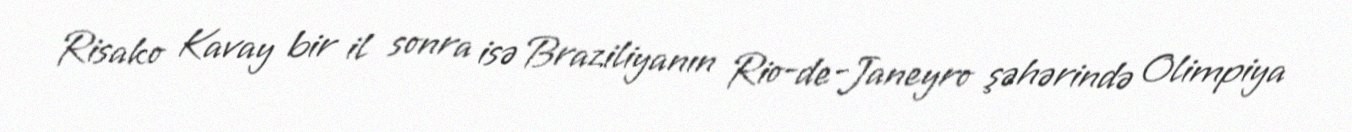
Risako Kavay bir il sonra isə Braziliyanın Rio-de-Janeyro şəhərində Olimpiya